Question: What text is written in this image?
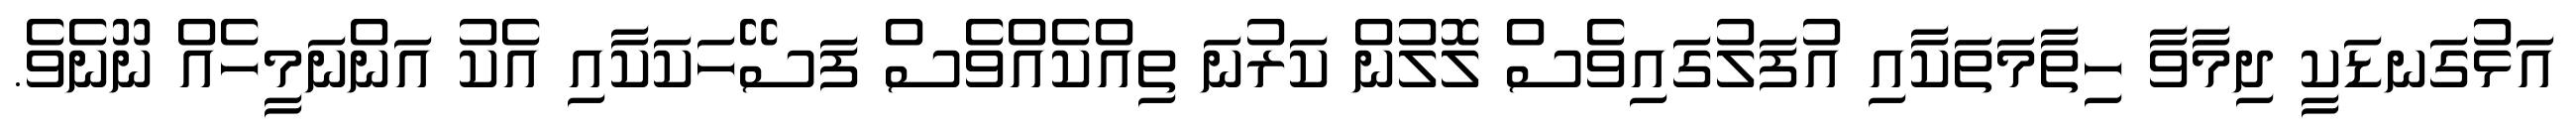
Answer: އަޅުގަނޑަކީ ދިމާވާ ހިތާމަތަކާއި އުފަލުގައިވެސް ލޮލުން ކަރުނަ ތިއްކެއްވެސް ފަސޭހަކަކާއި އެކު އަންނަމީހެއް ނޫނެވެ.